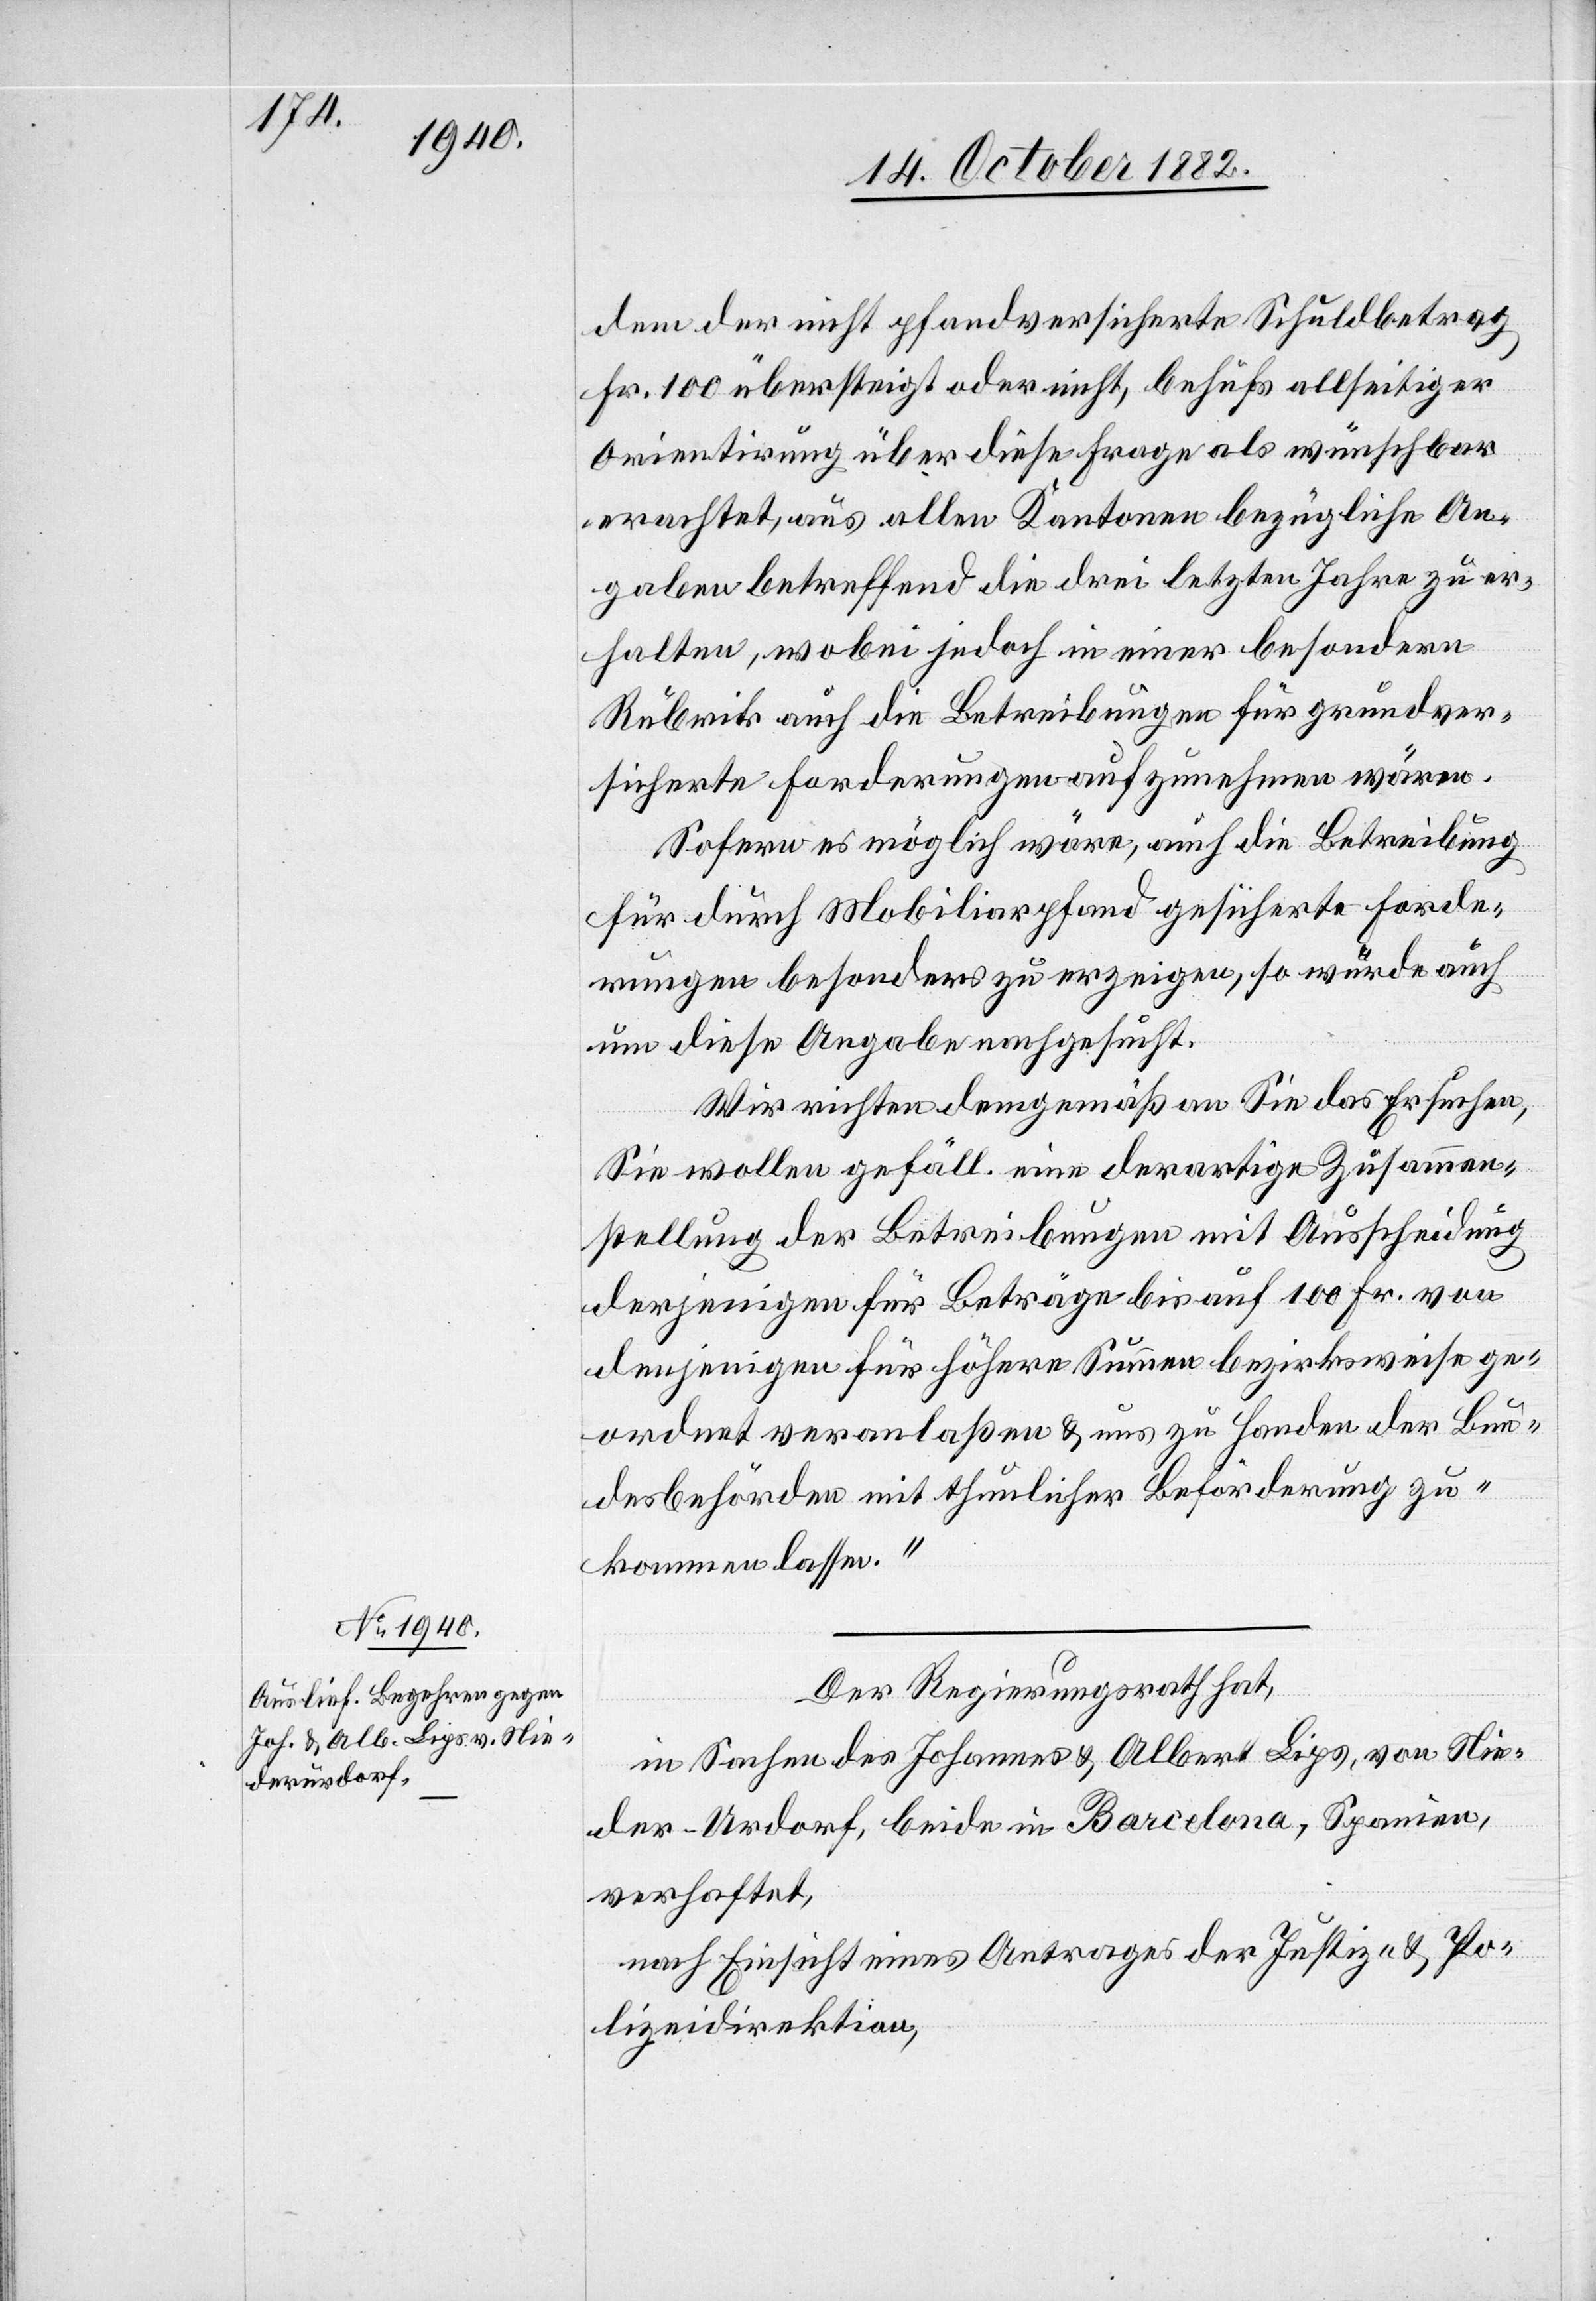
[ob] der nicht pfandversicherte Schuldbetrag
Fr. 100 übersteigt oder nicht, behufs allseitiger
Orientirung über diese Frage als wünschbar
erachtet, aus allen Kantonen bezüglich An¬
gaben betreffend die drei letzten Jahre zu er¬
halten, wobei jedoch in einer besondern
Rubrik auch die Betreibungen für grundver¬
sicherte Forderungen aufzunehmen wären.
Sofern es möglich wäre, auch die Betreibung
für durch Mobiliarpfand gesicherte Forde¬
rungen besonders zu erzeigen, so wurde auch
um diese Angabe nachgesucht.
Wir richten demgemäß an Sie das Ersuchen,
Sie wollen gefäll. eine derartige Zusammen¬
stellung der Betreibungen mit Ausscheidung
derjenigen für Beträge bis auf 100 Fr. von
denjenigen für höhere Summen bezirksweise ge¬
ordnet veranlaßen & uns zu Handen der Bun¬
desbehörden mit thunlicher Beförderung zu¬
kommen lassen.“
Der Regierungsrath hat,
in Sachen des Johannes & Albert Lips, von Nie¬
der-Urdorf, beide in Barcelona, Spanien,
verhaftet,
nach Einsicht eines Antrages der Justiz- & Po¬
lizeidirektion,